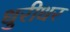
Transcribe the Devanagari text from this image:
धुरीधर